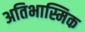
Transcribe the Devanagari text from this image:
अतिभास्मिक